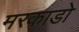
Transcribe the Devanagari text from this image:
मरकाडो